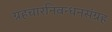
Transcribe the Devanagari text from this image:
ग्रहचारनिबन्धनसंग्रह